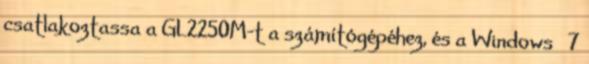
csatlakoztassa a GL2250M-t a számítógépéhez, és a Windows® 7